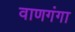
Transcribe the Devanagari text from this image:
वाणगंगा